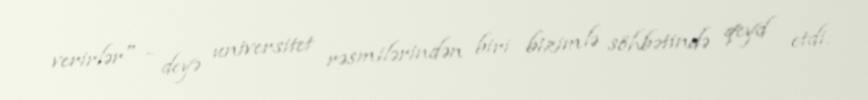
verirlər" - deyə universitet rəsmilərindən biri bizimlə söhbətində qeyd etdi.